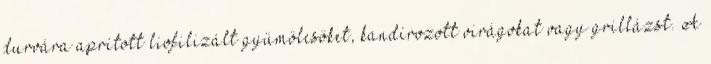
durvára aprított liofilizált gyümölcsöket, kandírozott virágokat vagy grillázst. A